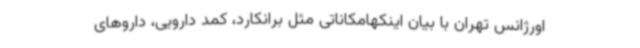
اورژانس تهران با بیان اینکهامکاناتی مثل برانکارد، کمد دارویی، داروهای